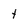
Character: t